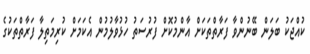
ކުއްޖަކު ބަލަން ބޭނުންވާ ފަރާތްތަކަށް އާންމުކޮށް ފުރުސަތު ހުޅުވާލުމުން އެކަމަށް ކުރިމަތިލާ ފަރާތްތަކުގެ